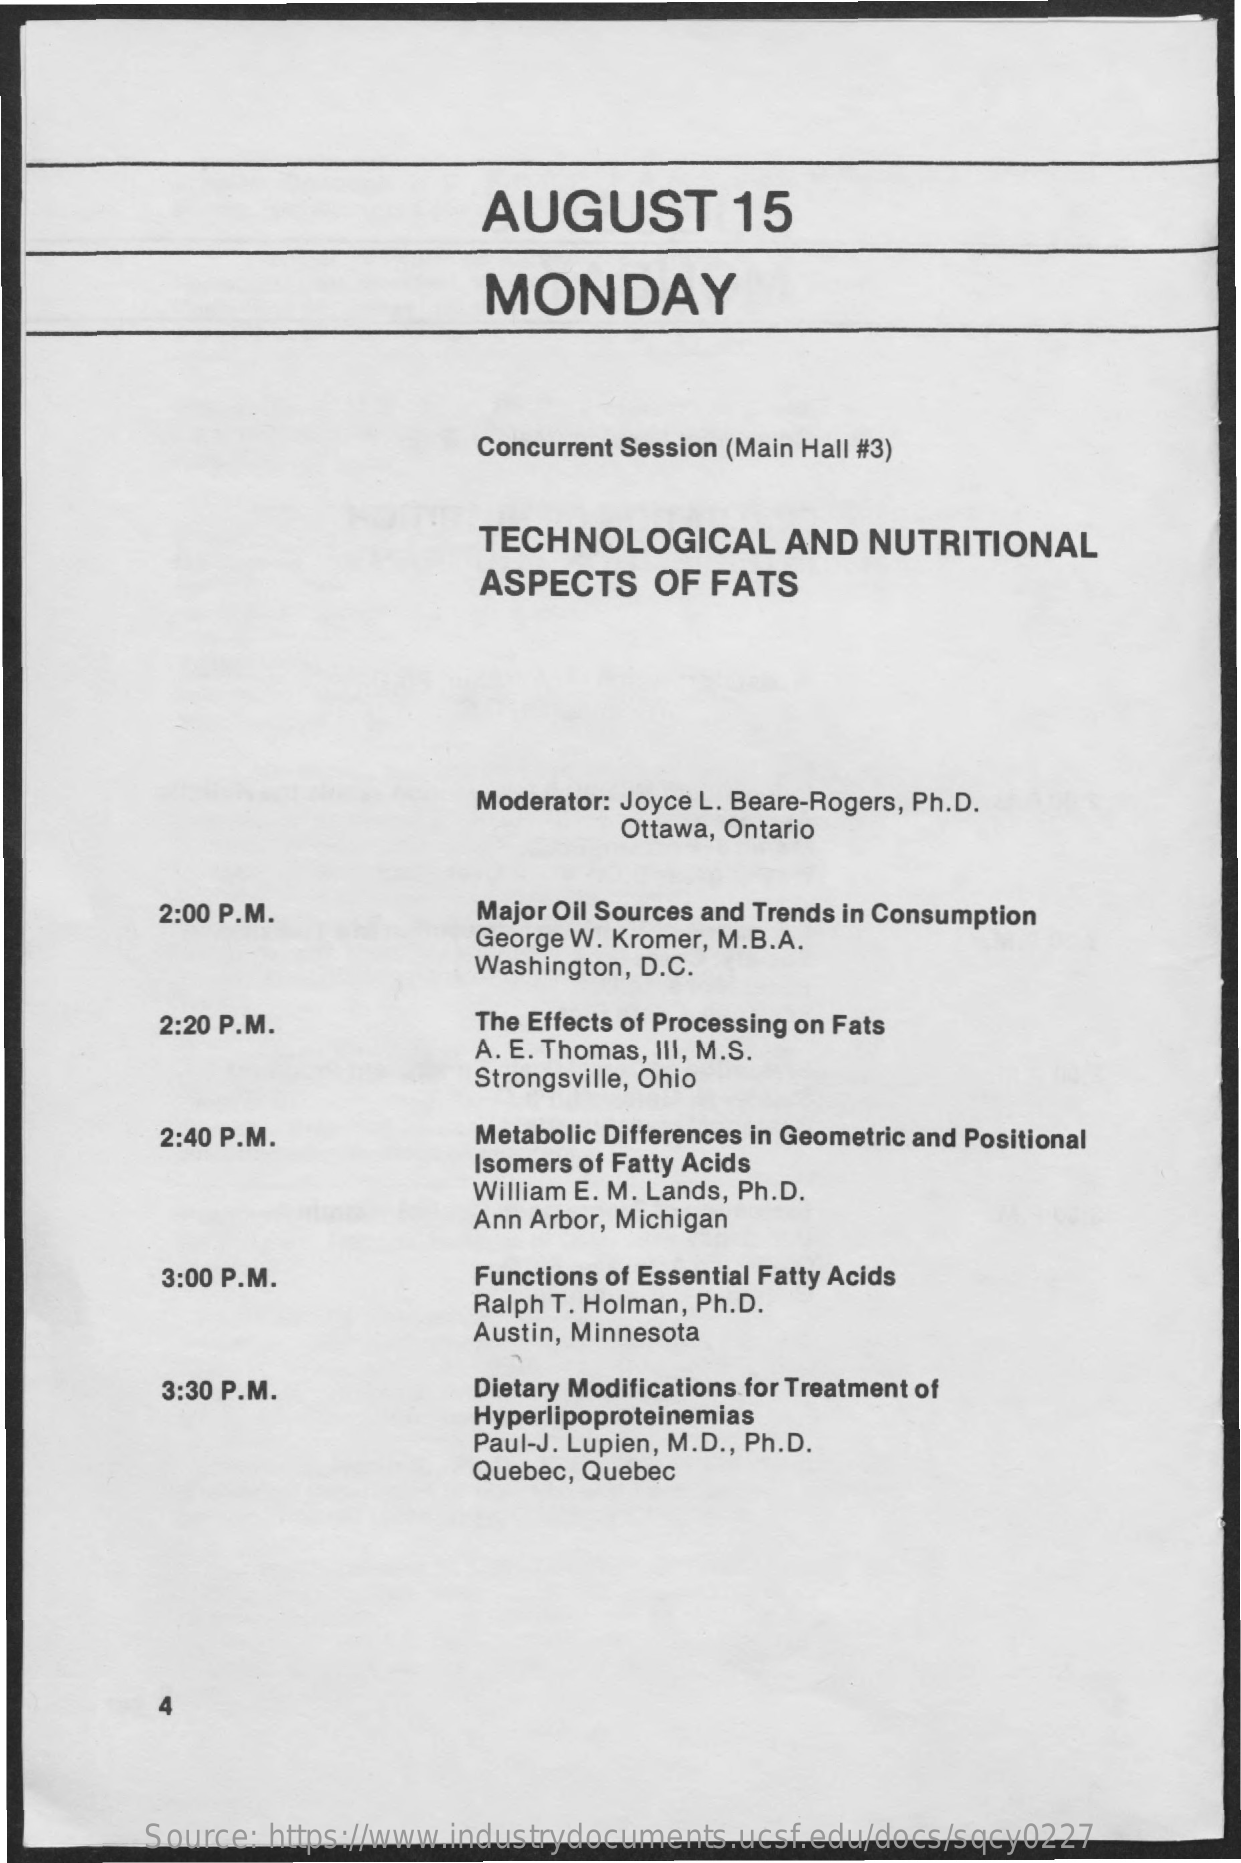
AUGUST    15
     MONDAY
     Concurrent Session (Main Hall #3)
     TECHNOLOGICAL    AND  NUTRITIONAL
     ASPECTS    OF FATS
     Moderator: Joyce L. Beare-Rogers, Ph.D.
     Ottawa, Ontario
     2:00 P.M.    Major Oil Sources and Trends in Consumption
     George W. Kromer, M.B.A.
     Washington, D.C.
     2:20 P.M.    The Effects of Processing on Fats
     A. E. Thomas, III, M.S.
     Strongsville, Ohio
     2:40 P.M.    Metabolic Differences in Geometric and Positional
     Isomers of Fatty Acids
     William E. M. Lands, Ph.D.
     Ann Arbor, Michigan
     3:00 P.M.    Functions of Essential Fatty Acids
     Ralph T. Holman, Ph.D.
     Austin, Minnesota
     3:30 P.M.    Dietary Modifications for Treatment of
     Hyperlipoproteinemias
     Paul-J. Lupien, M.D ., Ph.D.
     Quebec, Quebec
     Source: https://www.industrydocuments.ucsf.edu/docs/sqcy0227